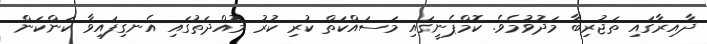
ދާއިރާގައި ތަޖުރިބާ މަދުވުމެވެ. ކޮމްޕެނީގައި މަސައްކަތް ކުރި ކުރު މުއްދަތުގައި އެނގިފައިވާ ކަންކަން